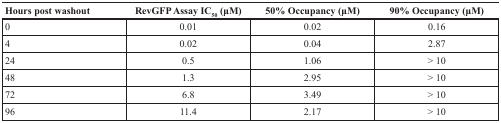
| Hours post washout | RevGFP Assay IC50 (μM) | 50% Occupancy (μM) | 90% Occupancy (μM) |
 | --- | --- | --- | --- |
 | 0 | 0.01 | 0.02 | 0.16 |
 | 4 | 0.02 | 0.04 | 2.87 |
 | 24 | 0.5 | 1.06 | > 10 |
 | 48 | 1.3 | 2.95 | > 10 |
 | 72 | 6.8 | 3.49 | > 10 |
 | 96 | 11.4 | 2.17 | > 10 |